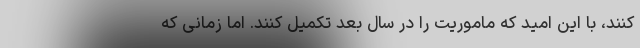
کنند، با این امید که ماموریت را در سال بعد تکمیل کنند. اما زمانی که